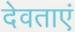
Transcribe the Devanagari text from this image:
देवताएं